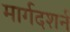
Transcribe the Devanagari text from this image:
मार्गदशर्न